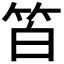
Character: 𥬝